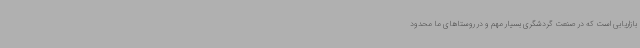
بازاریابی است که در صنعت گردشگری بسیار مهم و در روستاهای ما محدود